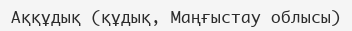
Аққұдық (құдық, Маңғыстау облысы)